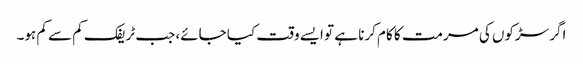
اگر سڑکوں کی مرمت کا کام کرنا ہے تو ایسے وقت کیا جائے، جب ٹریفک کم سے کم ہو۔